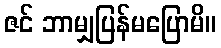
ဇင် ဘာမျှပြန်မပြောမိ။